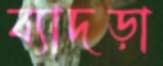
ব্যাদড়া